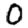
Digit: 0